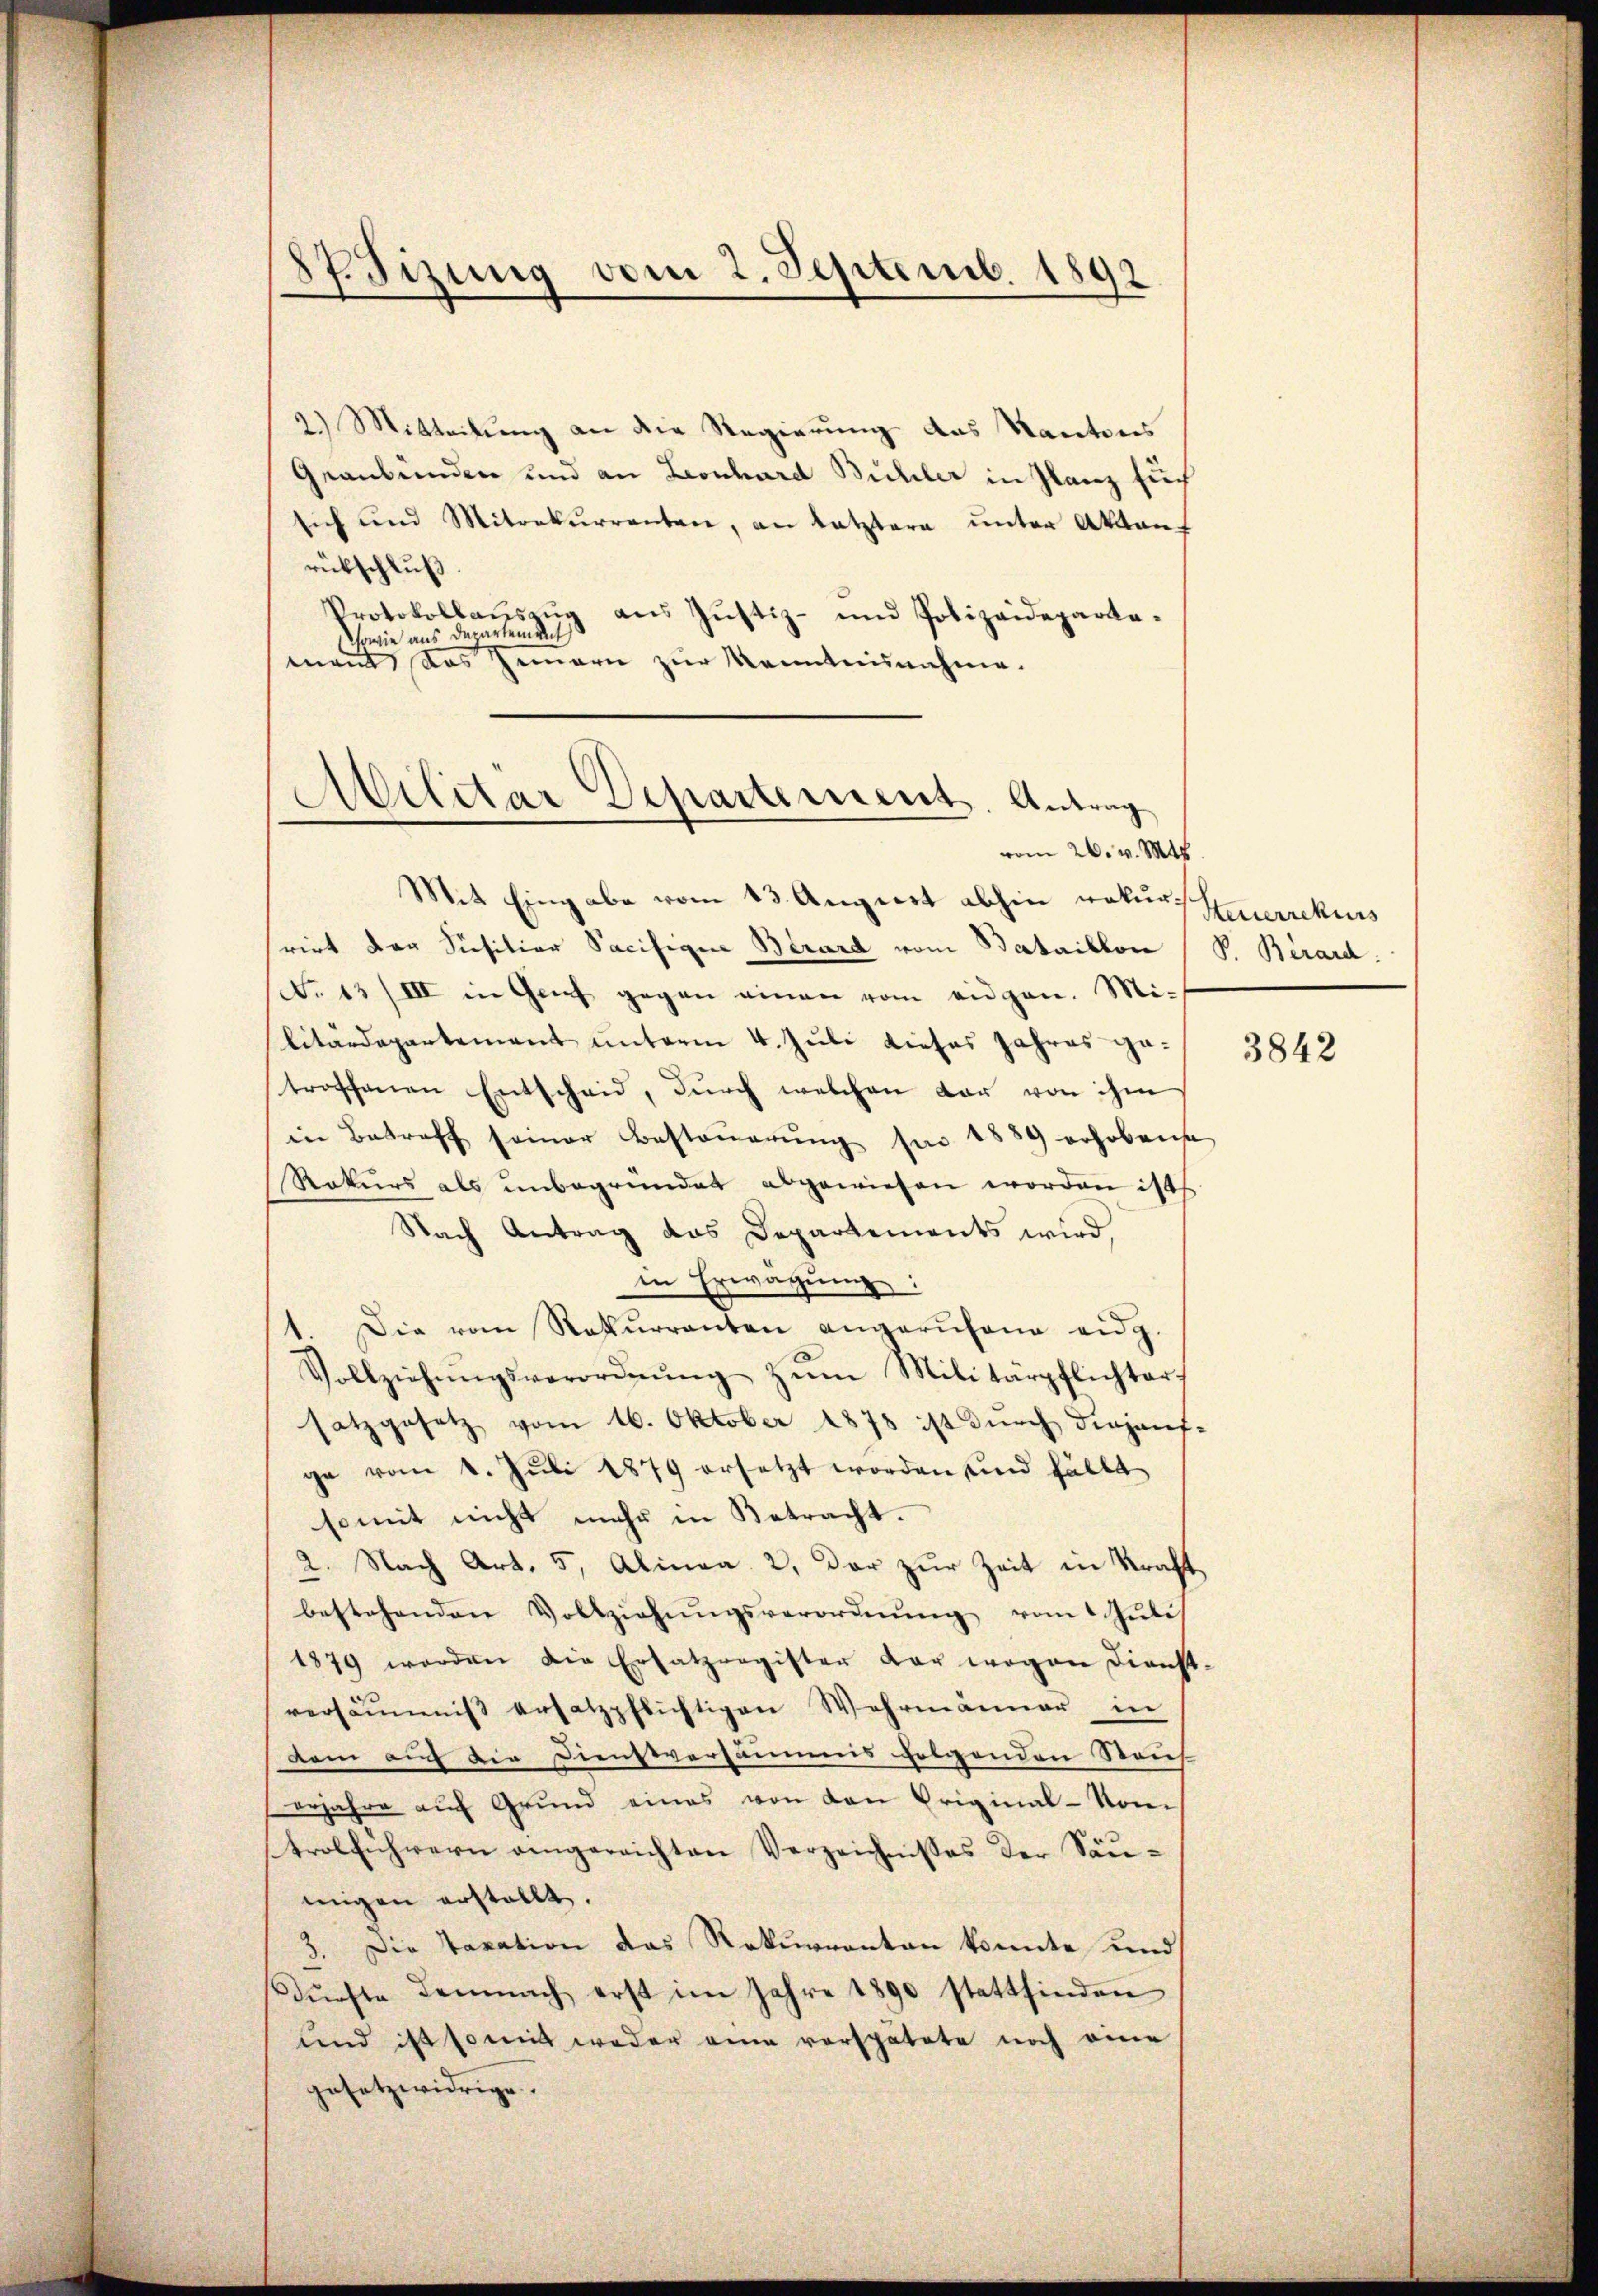
87. Tizung vom 2. Septemb. 1892

2.) Mitteilung an die Regierung des Kantons
Graubünden und an Leonhard Bühler in Glanz such
sich und Mitrekurrenten, an letztere unter Akten
rückschluß
Protokollaŭszŭg ans Jŭstiz- und Polizeideparta-
sowie aus Departement
mant das Innern zur Kenntnisnahme.
Militar Departement. Antrag
vom 26. v. Mts.

Mit Eingabe vom 13. August abhin rekurrirt der Susition Sacifigen Brard vom Bataillon (S. Bérard
No 13/III in Genf gegen einen vom eidgen. Mi-
litärdepartement unterm 4. Juli dieses Jahres ge-
troschenen Entscheid, dŭrch welchen dar von ihm
in Betreff seiner Besteŭerŭng per 1889 erhobene
Rekurs als unbegründet abgewiesen worden ist
Nach Antrag das Departements wird,
in Erwägung:
1. Die vom Rekurrenten angerŭfene eidg.
Vollziehŭngsverordnŭng zŭm Militärpflichter-
satzgesetz vom 16. Oktober 1878 ist durch diejenige vom 1. Juli 1879 ersetzt worden und fällt
somit nicht mehr in Betracht.
2
Nach Art. 5, Alinea 2. Der zur Zeit in Kraft
bestehenden Vollziehungsverordnung vom Juli
1879 werden die Ersatzregister der wegen Dienst-
versäumnis ersatzpflichtigen Wehrmanner in
dam auf die Dienstversäumis folgenden Strich
erjahre aŭf Grŭnd eines von den Original-Vom
trolführern angereichten Verzeichnisses der Säumigen erstellt.
3. Die Taxation das Rekurrenten konnte und
Dürfte demnach erst im Jahre 1890 stattfinden
und ist somit weder eine verspätete noch eine
gesetzwidrige.

Steuerrekurs

3842